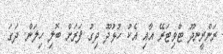
ރަންރީނދޫ ޓްވިޓަރޭ އާއި އެކު ހުޅުދޫ ދިގު ފަރަށް ބޮލި ހިލަން. ދަަގަ